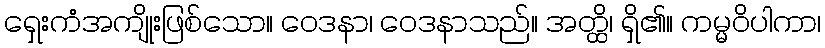
ရှေးကံအကျိုးဖြစ်သော။ ဝေဒနာ၊ ဝေဒနာသည်။ အတ္ထိ၊ ရှိ၏။ ကမ္မဝိပါကာ၊